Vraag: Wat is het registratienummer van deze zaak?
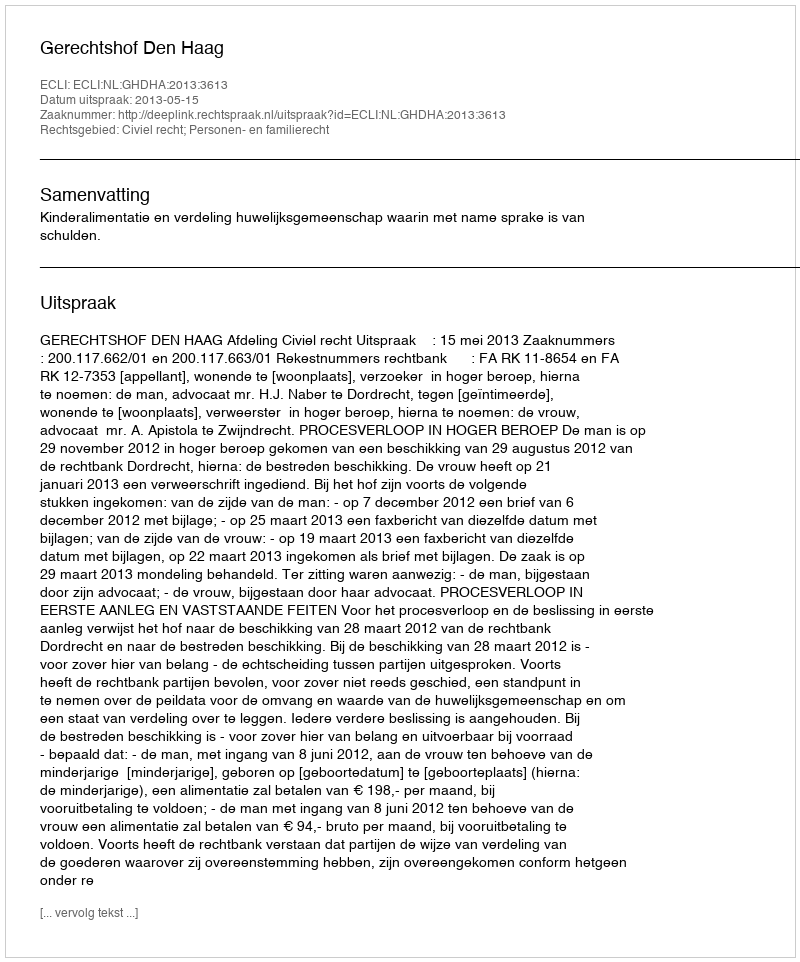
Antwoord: http://deeplink.rechtspraak.nl/uitspraak?id=ECLI:NL:GHDHA:2013:3613